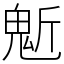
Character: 鬿